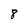
Character: 8